Report on vaccination in the Province of Bengal - 1874-1889
Year: 1874
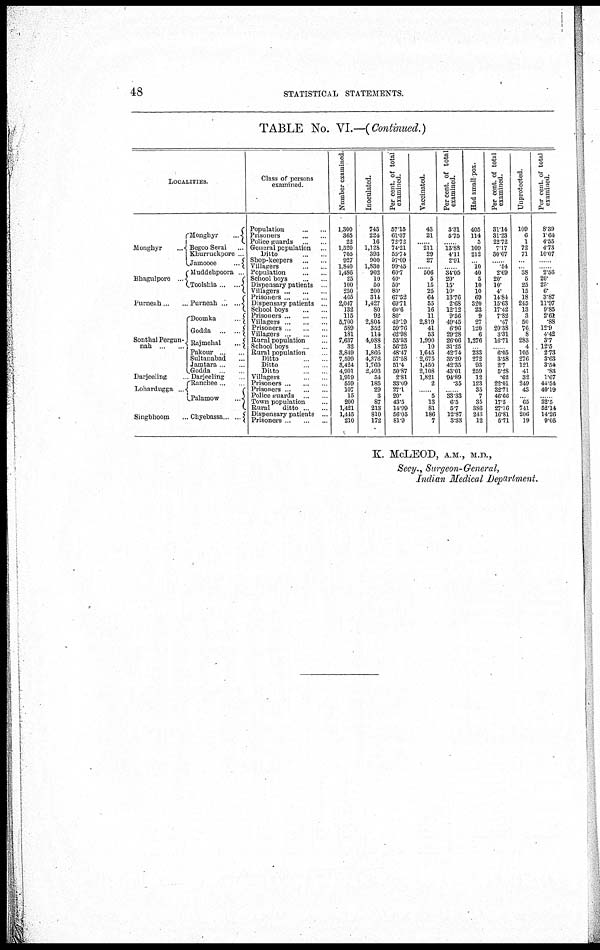
48
STATISTICAL STATEMENTS.
TABLE No. VI.—(Continued.)
LOCALITIES.
Mongbyr
...
Bhagulpore ...
Purneah ... ...
Sonthal Pergun¬
nah ... ...
Darjeeling ...
Lohardugga ...
Singbhoom ...
Monghyr
...
Begoo Serai ...
Khurruckpore
Jamooce
...
Muddehpoora
Toolsbia ... ...
Purneah ... ...
Doomka ... ...
Godda
.. ..
Rajmehal
...
Pakour .. ...
Sultanabad ...
Jamtara ... ...
Godda ... ...
Darjeeling ...
Ranchee...
Palamow
...
Chyebassa
...
Class of persons
examined.
Population ... ...
Prisoners ... ...
Police guards ... ...
General population ...
Ditto ... ...
Shop-keepers
...
...
Villagers ... ...
Population
...
...
School boys
...
...
Dispensary patients ...
Villagers
...
...
...
Prisoners ... ... ...
Dispensary patients ..
School boys ... ...
Prisoners ... ... ...
Villagers
...
...
...
Prisoners ... ...
Villagers...
...
...
Rural population ...
School boys
...
...
Rural population ...
Ditto ...
Ditto ...
Ditto ... ...
Villagers ...
Prisoners ... ... ...
Prisoners
...
...
...
Police guards
...
Town population ...
Rural
ditto... ...
Dispensary patients ...
Prisoners ...
Number examined.
1,300
365
22
1,520
705
927
1,840
1,486
25
100
250
465
2,047
132
115
5,700
589
181
7,637
32
3,849
7,599
3,424
4,901
1,919
559
107
15
200
1,421
1,445
210
Inoculated.
743
224
16
1,128
393
900
1,830
902
10
50
200
314
1,427
80
92
2,804
352
114
4,088
18
1,866
4,376
1,760
2,493
54
185
29
3
87
213
810
172
Per cent. of total
examined.
57.15
61.37
72.72
74.21
55.74
97.09
99.45
60.7
40.
50.
80.
67.52
69.71
60.6
80
49.19
59.76
62.98
53.53
56.25
48.47
57.58
51.4
50.87
2.81
33.09
27.1
20.
43.5
14.99
56.05
81.9
Vaccinated.
43
21
...... 211
29
27
... 506
5
15
25
64
55
16
11
2,819
41
53
1,990
10
1,645
2,675
1,450
2,108
1,821
2
......
5
13
81
186
7
Per cent. of total
examined.
3.31
5.75
...... 13.88 4.11
2.91
... 34.05
20.
15.
10.
13.76
2.68
12.12
9.56
49.45
6.96
29.28
26.06
31.25
42.74
35.20
42.35
43.01
94.89
35
......
33.33
6.5
5.7
12.87
3.33
Had small-pox.
405
114
5
109
212
... 10
40
5
10
10
69
320
23
9
27
120
6
1,276
... 233
272
93
259
12
123
35
7
35
386
246
12
Per cent. of total
examined.
31.14
31.23
22.72
7.17
30.07
... 54
2.69
20.
10.
4
14.84
15.63
17.42
7.82
.47
20.38
3.31
16.71
... 6.05
3.58
2.7
5.28
.62
22.01
32.71
46.66
17.5
27.16
16.81
5.71
Unprotected.
109
6
1
72
71
...
... 38
5
25
15
18
245
13
3
50
76
8
283
4
105
276
121
41
32
249
43
...
65
741
206
19
Per cent of total
examined.
8.39
1.64
4.55
4.73
10.07
...
... 2.56
20.
25
6.
3.87
11.97
9.85
2.61
.88
12.9
4.42
3.7
12.5
2.73
3.63
3.54
.83
1.67
44.54
40.19
...
32.5
52.14
14.26
9.05
K. McLEOD, A.M., M.D.,
Secy., Surgeon-General,
Indian Medical Department.